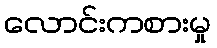
လောင်းကစားမှု